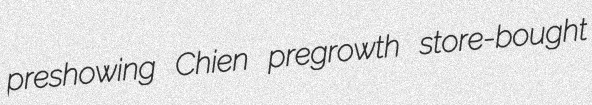
preshowing Chien pregrowth store-bought